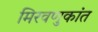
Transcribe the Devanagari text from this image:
मिरवणुकांत